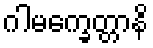
ဂါမက္ခေတ္တာနိ